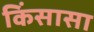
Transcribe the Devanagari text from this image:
किंसासा